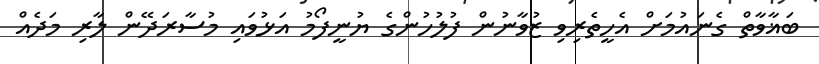
ބަޣާވާތް ގެނައުމަށް އެހީތެރިވި ޒުވާނުން ފުލުހުންގެ ޔުނީފޯމު އަޅުވައި މުސާރަދޭން ލާރި މަދެއް